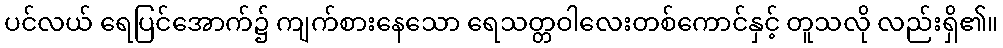
ပင်လယ် ရေပြင်အောက်၌ ကျက်စားနေသော ရေသတ္တဝါလေးတစ်ကောင်နှင့် တူသလို လည်းရှိ၏။